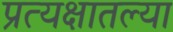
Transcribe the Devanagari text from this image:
प्रत्यक्षातल्या